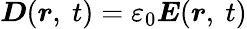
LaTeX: {\boldsymbol{D}}({\boldsymbol{r}},\ t)=\varepsilon_{0}{\boldsymbol{E}}({\boldsymbol{r}},\ t)